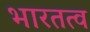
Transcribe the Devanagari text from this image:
भारतत्व